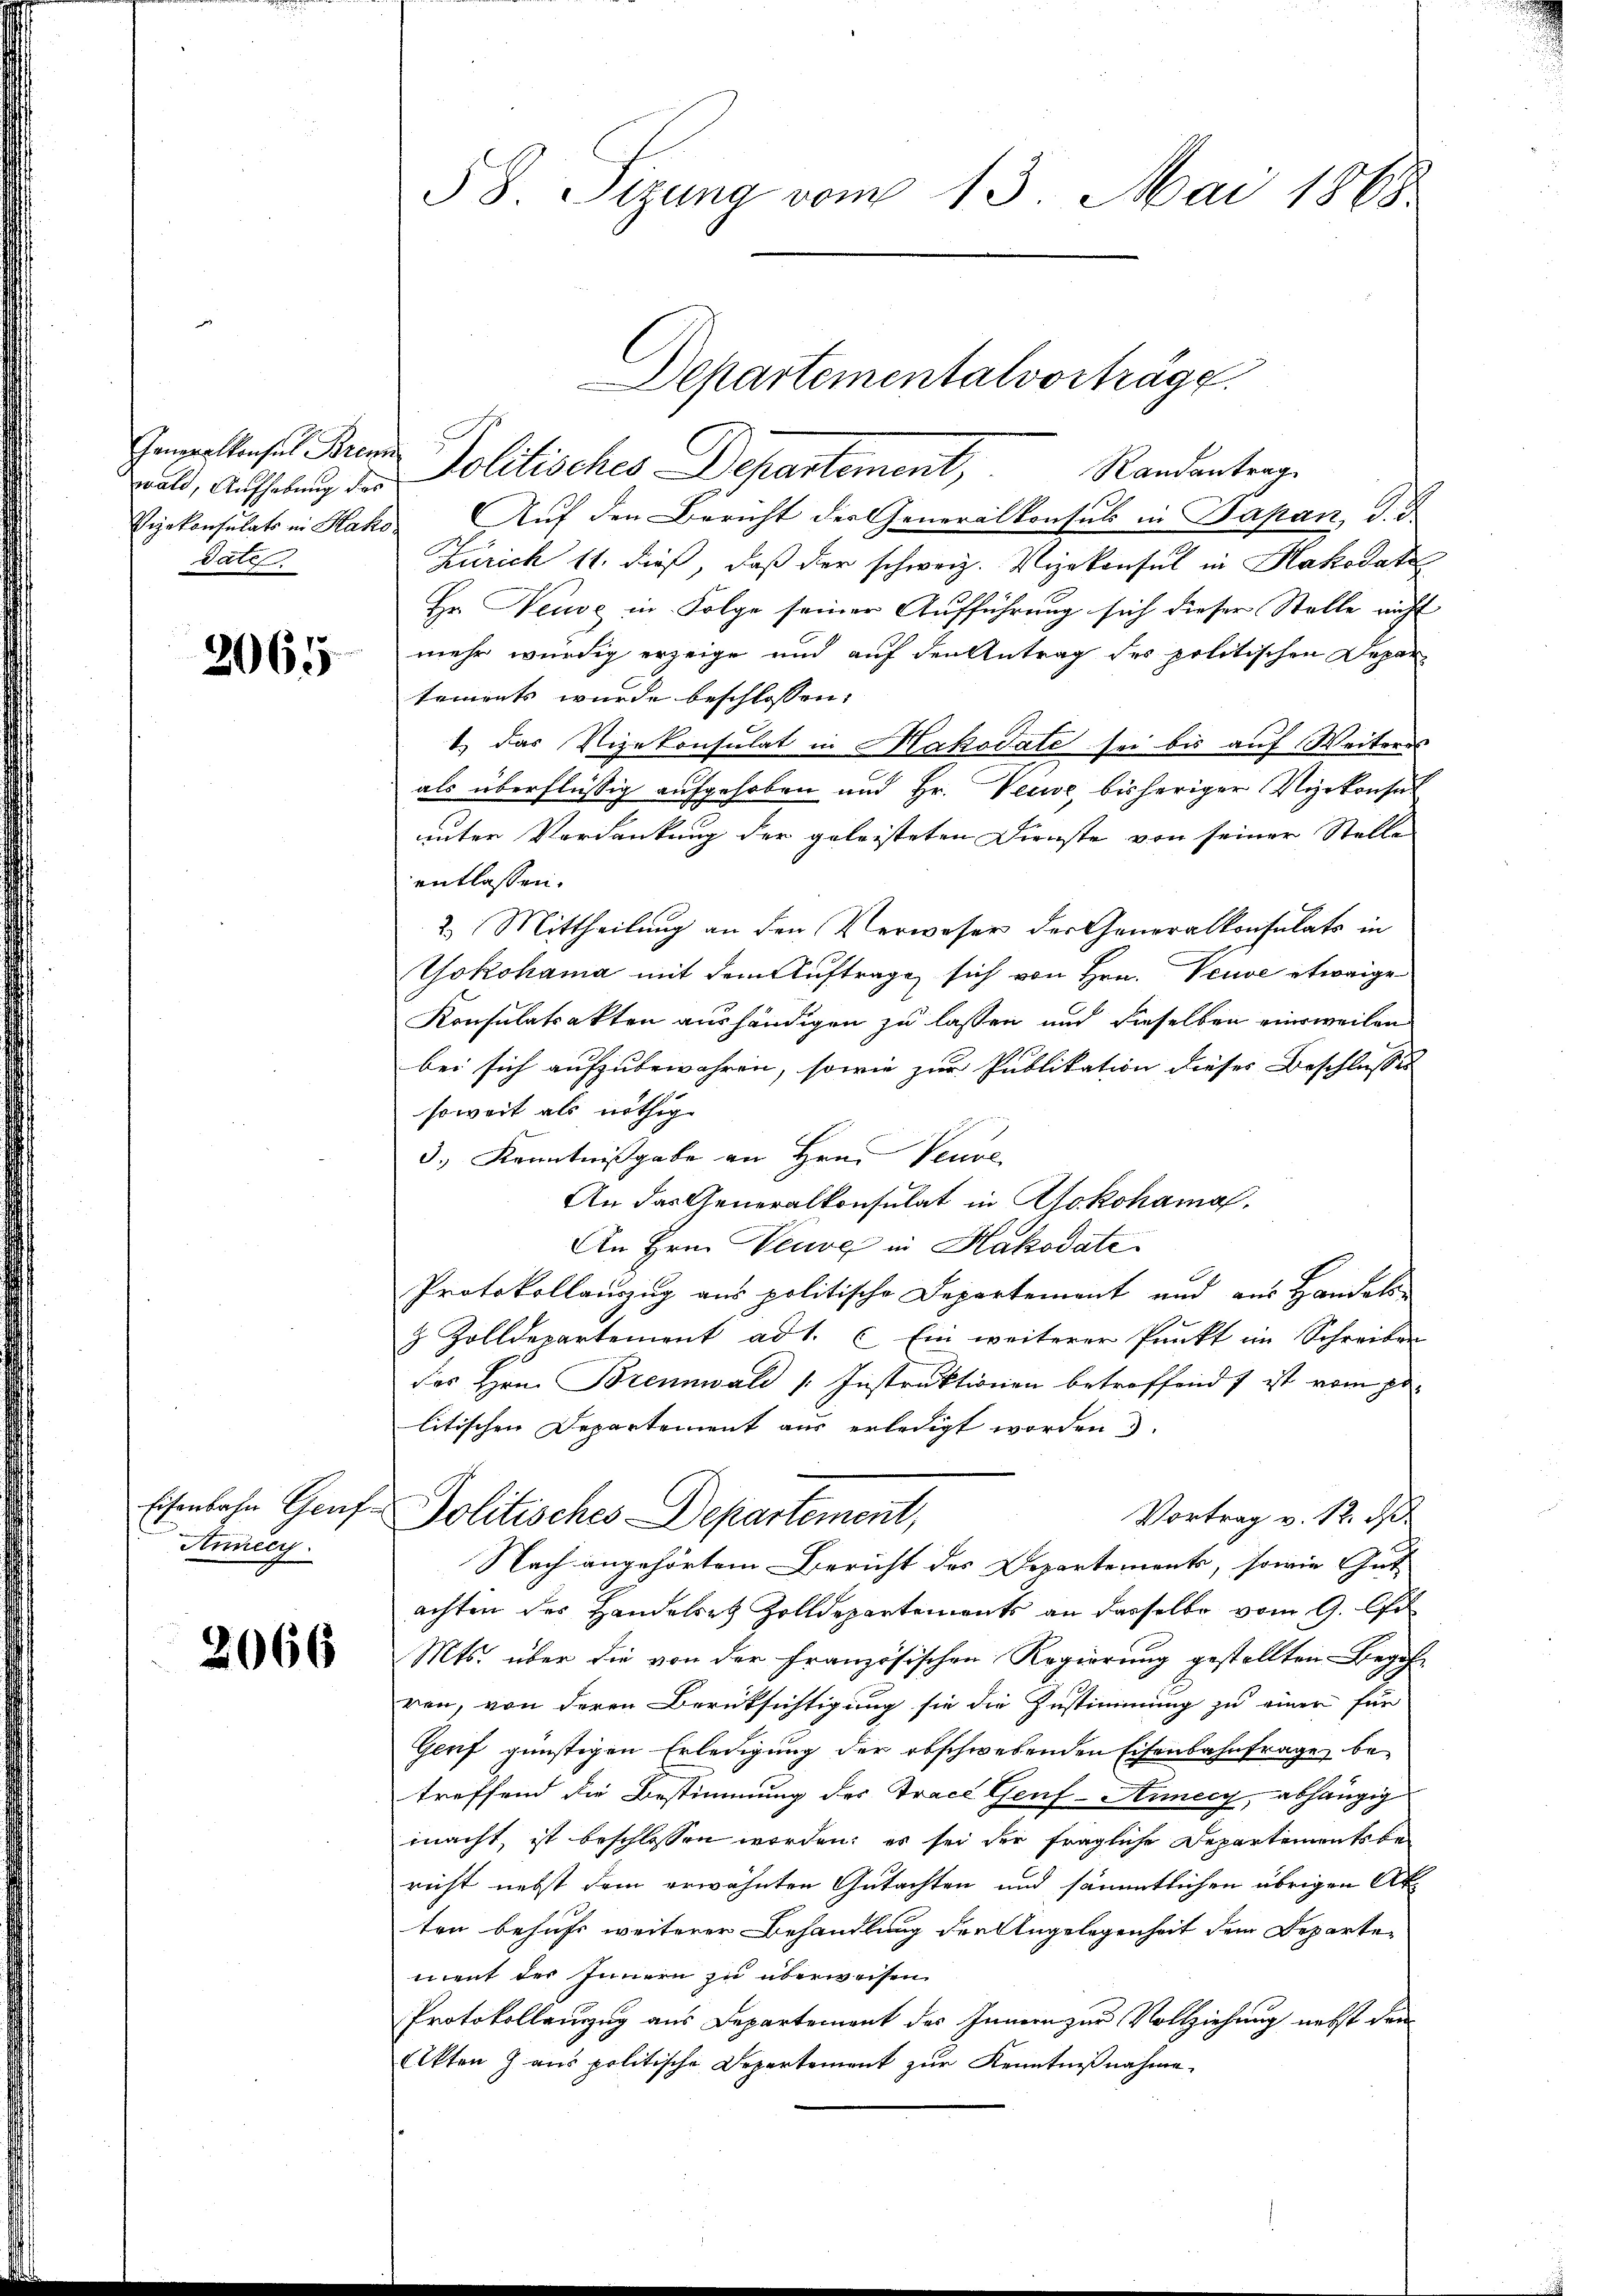
wald, Aufhebung des
dates

2065

Eisenbahn Graf-
Aunecy.

2066

§ 8. Sizung vom 13. Mai 1869

Vizekonsulats in Hako Auf den Bericht der Generalkonsul in Papan, d. d
Zürich 11. dieß, daß der schweiz. Vizekonsul in Hakodati
Hr. Neuse in Folge seiner Aufführung sich dieser Stelle nicht
mehr würdig erzeige und auf den Antrag des politischen Deparsements wurde beschlossen:
1. das Vizekonsulat in Hakodate sei bis auf Weiteres
als überflüssig aufgehoben und Hr. Vecwe bisheriger Vizekonsul
unter Verdankung der geleisteten Dienste von seiner Stelle
entlassen.
2.) Mittheilung an den Verweser der Generalkonsulats in
Yokohama mit dem Auftrage sich von Hrn. Veuve etwaige
Konsulatsakten aushändigen zu lassen und dieselben einsweilen
bei sich aufzubewahren, sowie zur Publikation dieses Beschlussen
soweit als nöthig
3.) Kenntnißgabe an Hrn. Veuve
An das Generalkonsulat in Yokohamal
An Hrn. Veuve in Hakodate
Protokollauszug aus politische Departement und aus Handels-
& Zolldepartement ad 1. c. Ein weiterer Punkt in Schreiben
des Hrn. Brennwald Instruktionen betroffend ist vom pr
litischen Departement aus erledigt worden)
Vortrag v. 12. d.
Politisches Departement,
Nach angehörtem Bericht des Departements, sowie Gut
achten des Handelsatz Zolldepartements an dasselbe vom 9. A
Mts. über die von der Französischen Regierung gestellten Begeh-
ren, von deren Berüksichtigung sie die Zustimmung zu einer für
Genf günstigen Erledigung der obschwebenden Eisenbahnfrage be-
treffend die Bestimmung der Tract Genf-Aunccy, abhängig
macht, ist beschlossen worden; es sei der fragliche Departements be-
richt nebst dem erwähnten Gutachten und sämmtlichen übrigen Akten behufs weiterer Behandlung der Angelegenheit dem Departement der Innern zu überweisen.
Protokollauszug aus Departement des Innern zur Vollziehung nebst den
Akten J. aus politische Departement zur Kenntnißnahme

Gempeltensis Brand Politisches Departement,

Departementalvorträge.

Randantrag